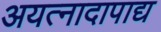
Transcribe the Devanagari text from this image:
अयत्नादापाद्य